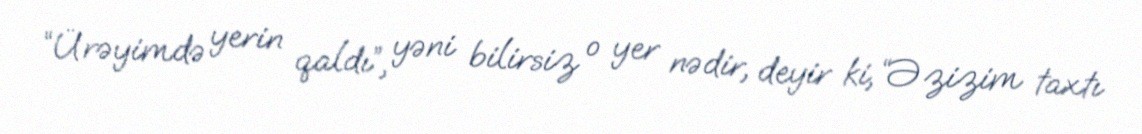
“Ürəyimdə yerin qaldı”, yəni bilirsiz o yer nədir, deyir ki, “Əzizim taxtı